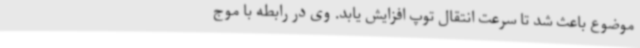
موضوع باعث شد تا سرعت انتقال توپ افزایش یابد. وی در رابطه با موج